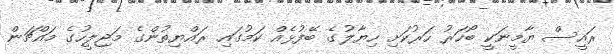
ރައީސް ޔާމީނަކީ ބޯހަރު ހަރުކަށި ހިޔާލުގެ ބޭފުޅެއް ކަމުގައި ރައްޔިތުންގެ މަޖިލީހުގެ މައްޗަން